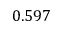
0 . 5 9 7